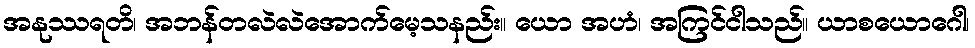
အနုဿရတိ၊ အဘန်တလဲလဲအောက်မေ့သနည်း။ ယော အဟံ၊ အကြင်ငါသည်။ ယာစယောဂေါ၊